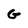
Character: G